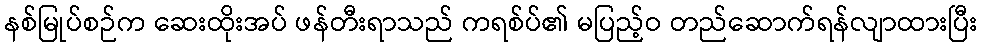
နစ်မြုပ်စဉ်က ဆေးထိုးအပ် ဖန်တီးရာသည် ကရစ်ပ်၏ မပြည့်ဝ တည်ဆောက်ရန်လျာထားပြီး